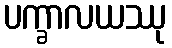
ပက္ခာလယဿု